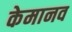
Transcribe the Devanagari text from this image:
केमानव